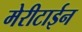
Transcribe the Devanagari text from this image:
मेरीटाईन